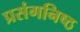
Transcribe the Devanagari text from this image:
प्रसंगनिष्ठ